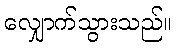
လျှောက်သွားသည်။